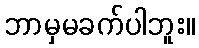
ဘာမှမခက်ပါဘူး။